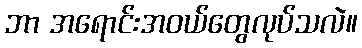
ဘာ အရောင်းအဝယ်တွေလုပ်သလဲ။